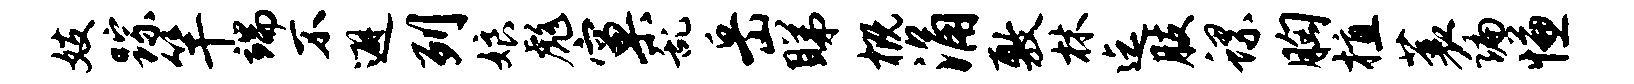
妓踪竿端不避列娘彪窠乱岳睇概涌敷林迄肢螺胸植蓑编慊